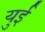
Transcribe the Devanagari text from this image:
युई